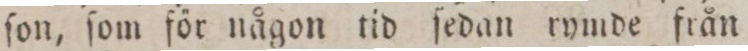
ſon, ſom för någon tid ſedan rymde från